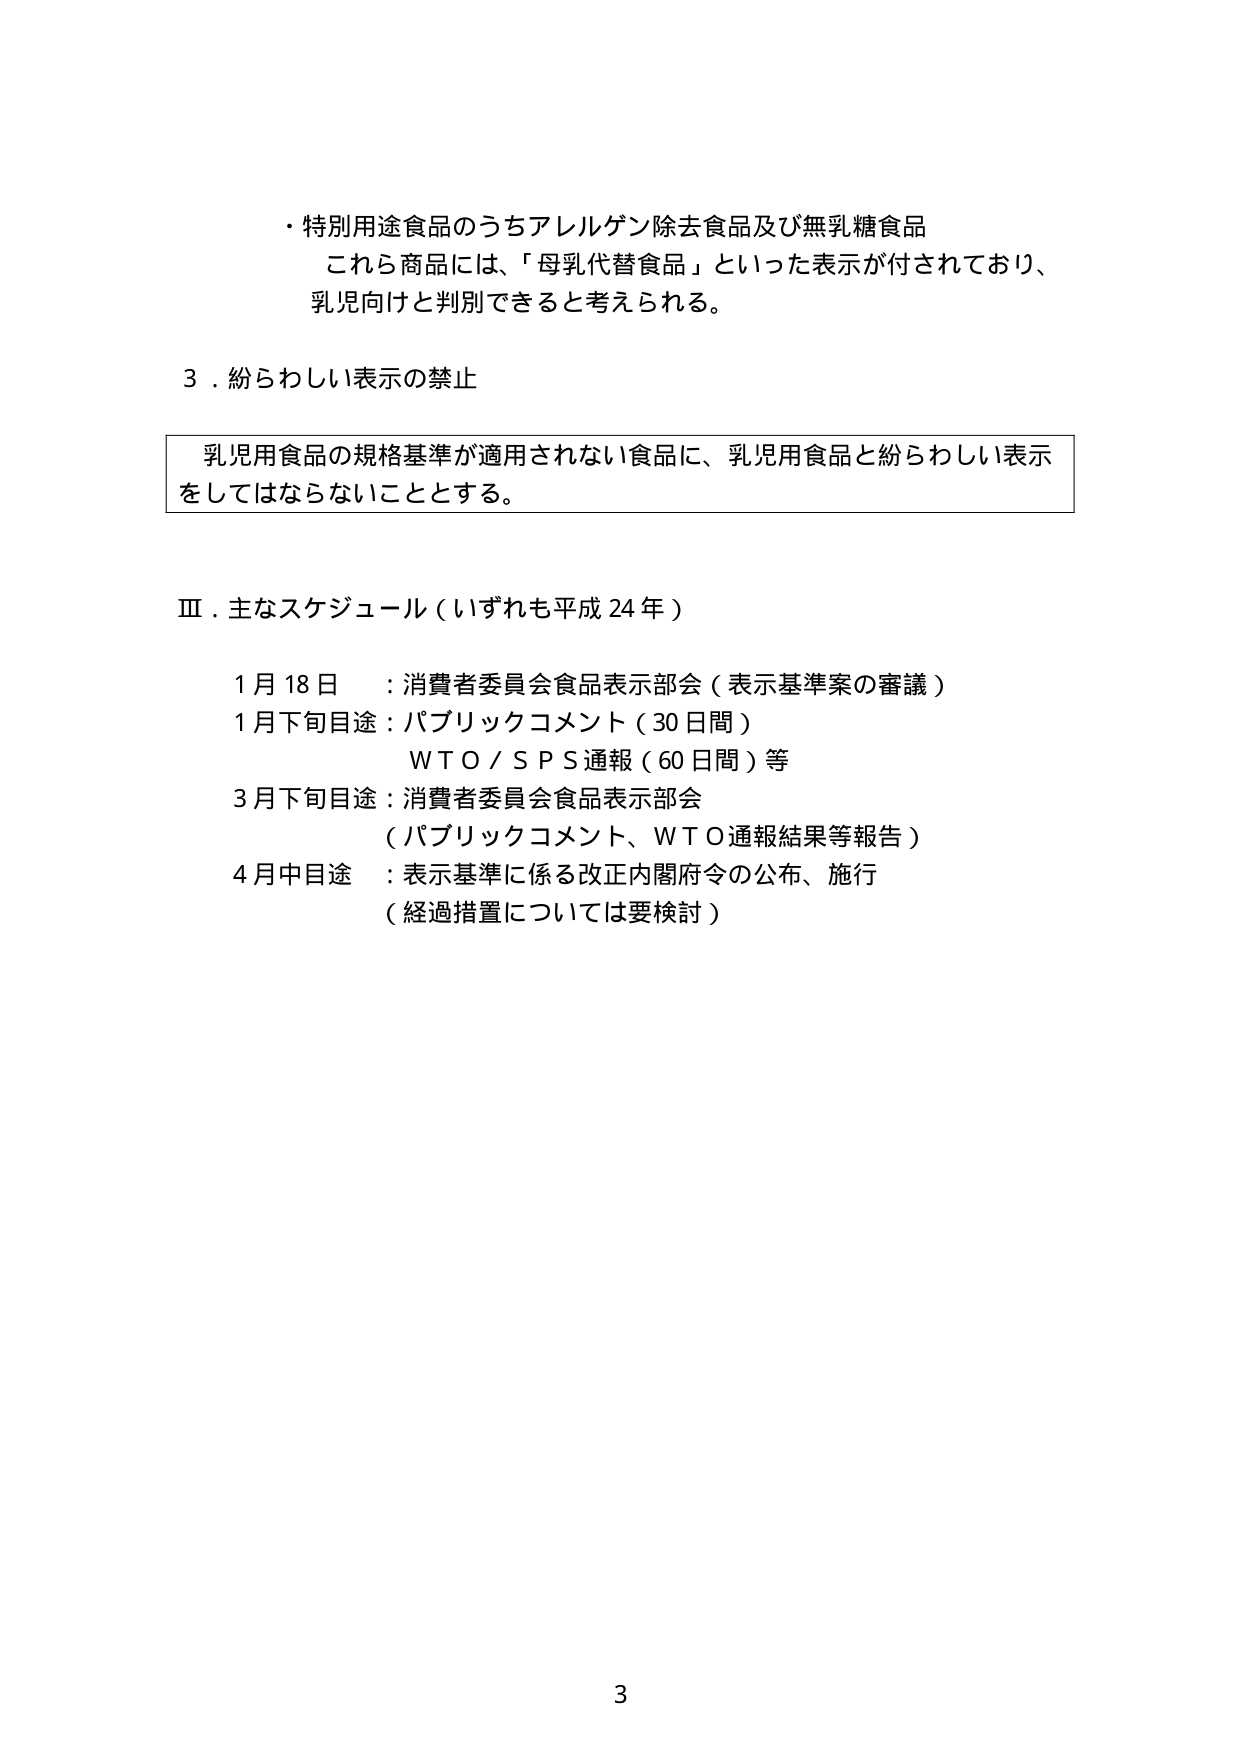
・特別用途食品のうちアレルゲン除去食品及び無乳糖食品
これら商品には、「母乳代替食品」といった表示が付されており、
乳児向けと判別できると考えられる。

３．紛らわしい表示の禁止

乳児用食品の規格基準が適用されない食品に、乳児用食品と紛らわしい表示
をしてはならないこととする。

Ⅲ．主なスケジュール（いずれも平成24年）

１月18日 ：消費者委員会食品表示部会（表示基準案の審議）
１月下旬目途：パブリックコメント（30日間）
　　　　　　ＷＴＯ／ＳＰＳ通報（60日間）等
３月下旬目途：消費者委員会食品表示部会
　　　　　　（パブリックコメント、ＷＴＯ通報結果等報告）
４月中目途 ：表示基準に係る改正内閣府令の公布、施行
　　　　　　（経過措置については要検討）

3